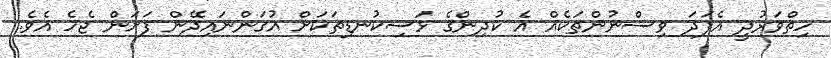
ހިތްވަރުދީ އެފަދަ ވިސްނުންތަކެއް އެ ކުދިންގެ ޅަސިކުނޑިތަކަށް އުގަންނައިދޭން ފަށަން ޖެހެ އެވެ.